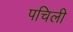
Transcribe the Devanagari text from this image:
पचिली